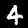
Digit: 4